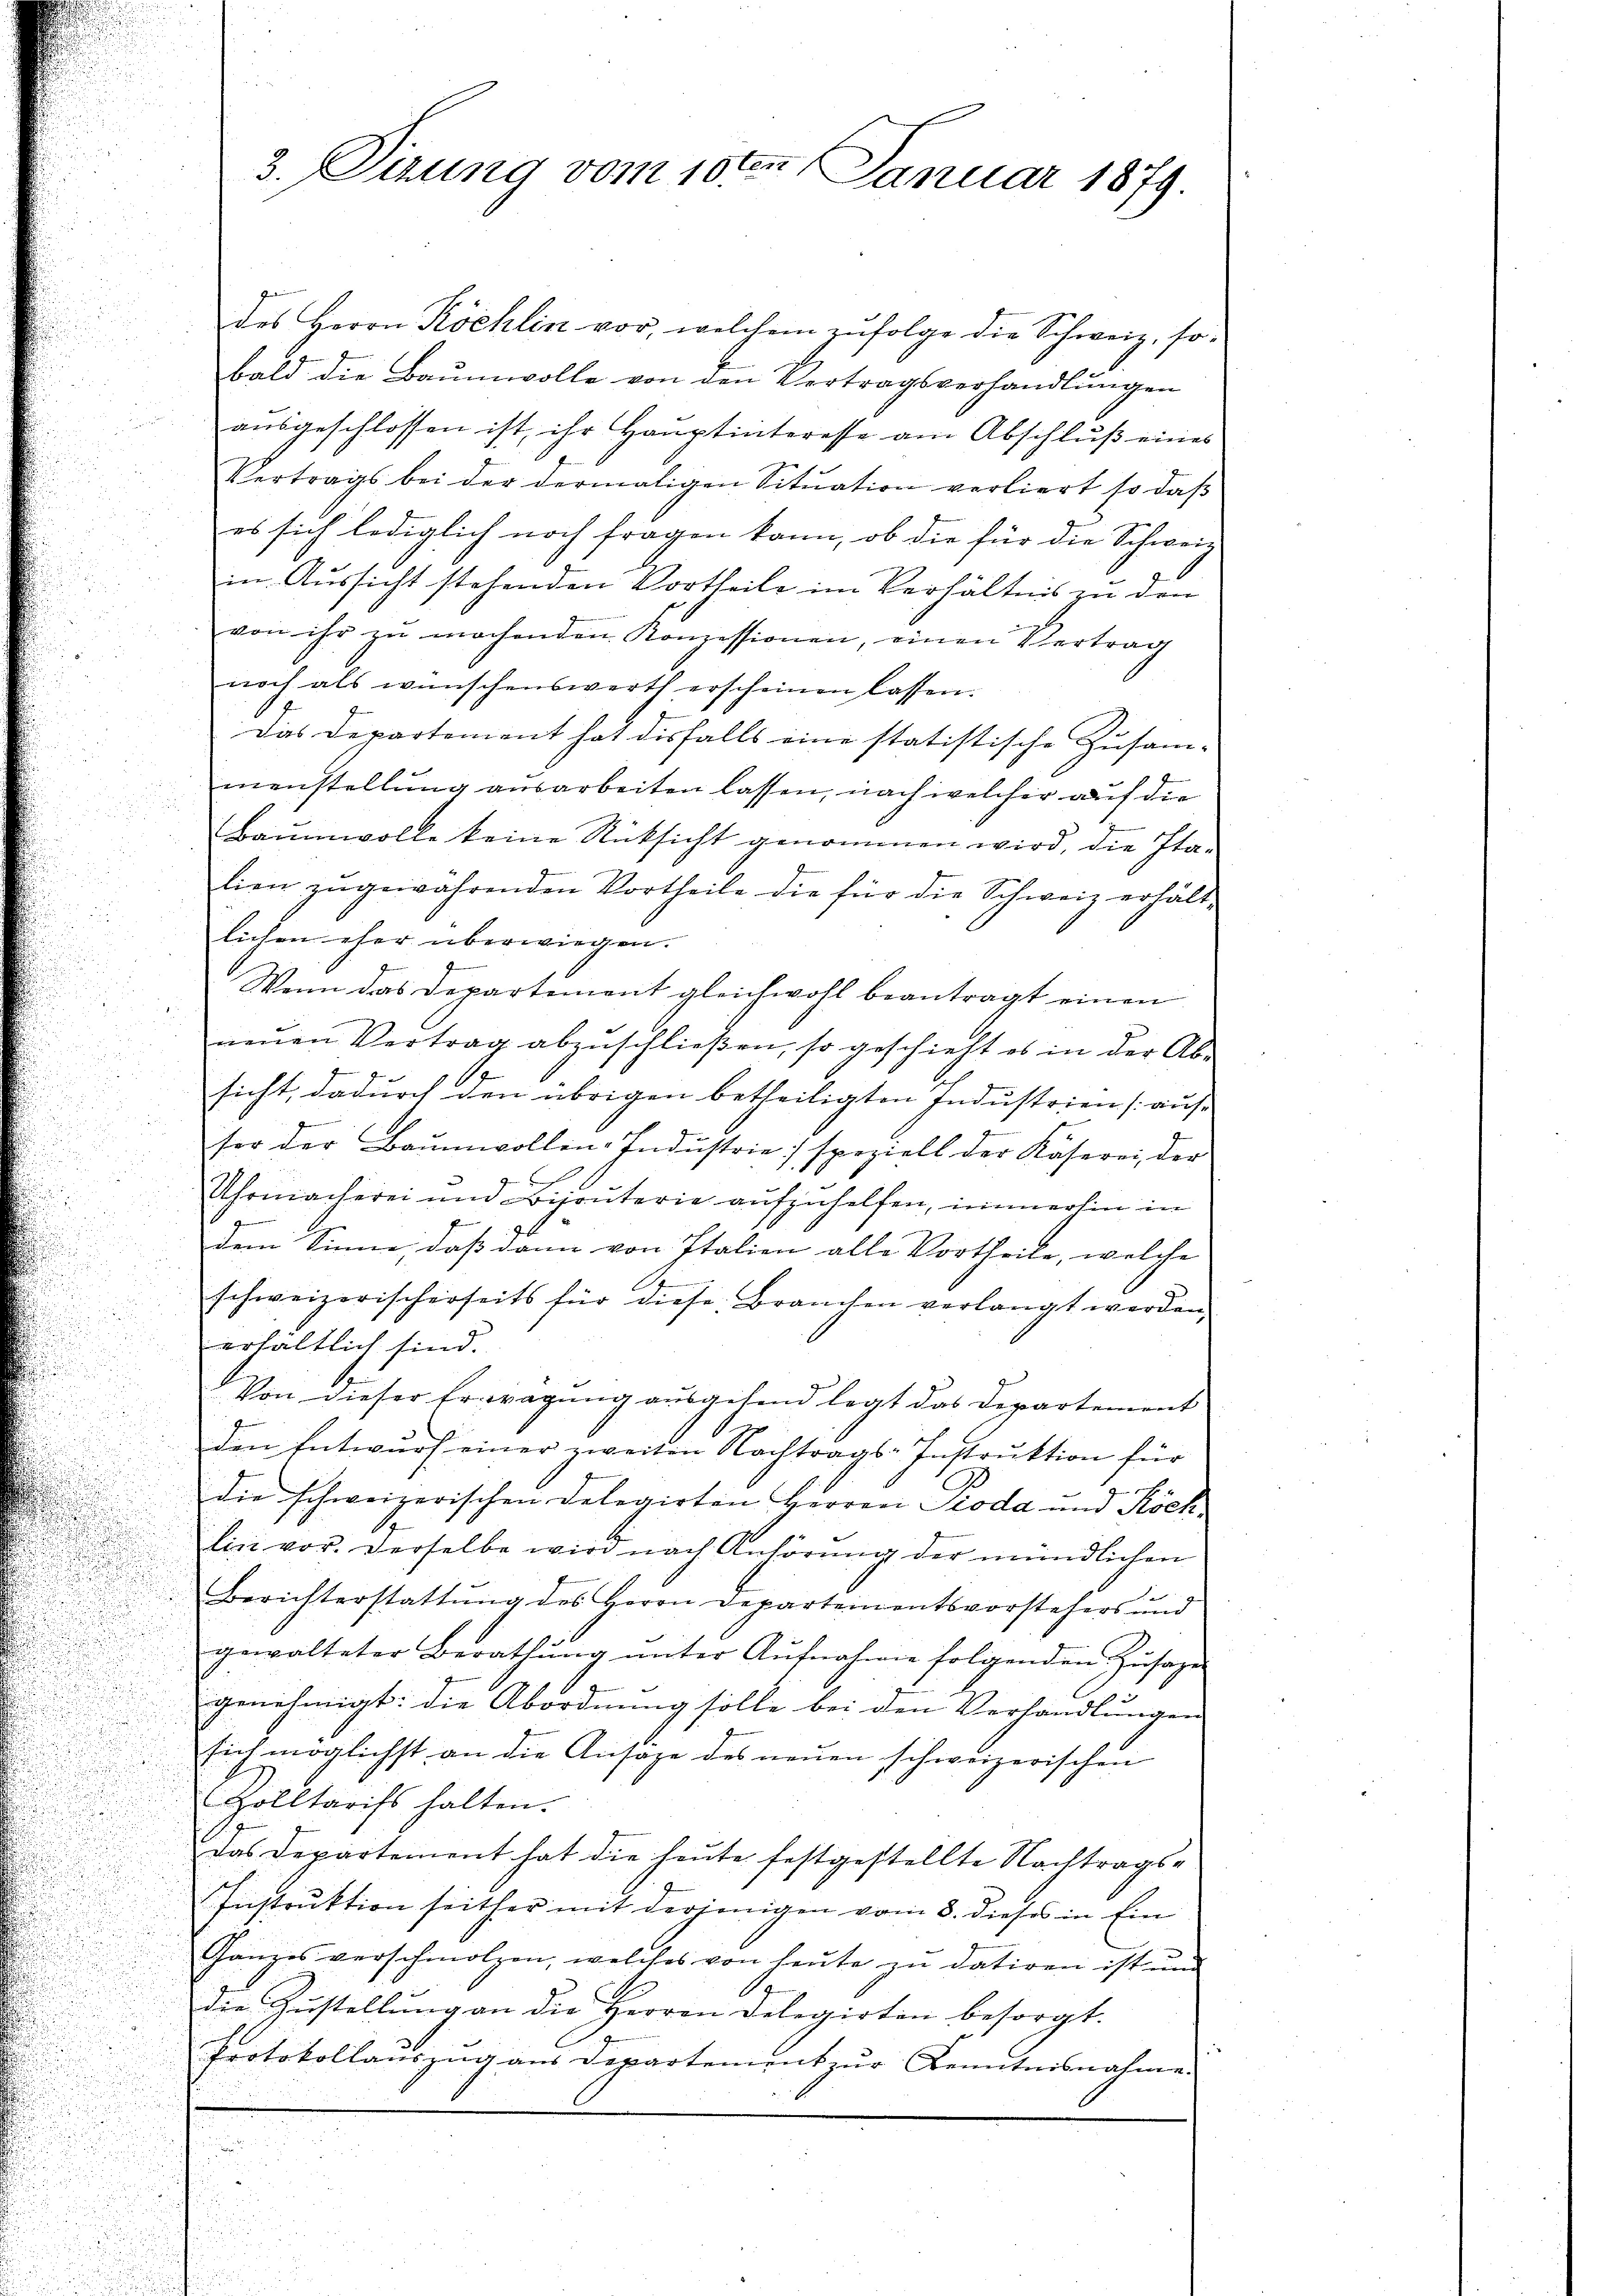
des Herrn Köchlin vor, welchem zufolge die Schweiz, sobald die Baumwolle von den Vertragsverhandlungen
ausgeschlossen ist, ihr Hauptinteresse am Abschluß eines
Vertrags bei der dermaligen Situation verliert so daß
es sich lediglich noch fragen kann, ob die für die Schweiz.
in Aussicht stehenden Vortheile im Verhältnis zu den
von ihr zu machenden Konzessionen, einen Vertrag
noch als wünschenswerth erscheinen lassen.
Das Departement hat diesfalls eine statistische Zusam-
menstellung ausarbeiten lassen, nach welcher auf die
Baumwolle keine Rücksicht genommen wird, die Ita-
lien zŭgewährenden Vortheile die für die Schweiz erhält-
lichen eher überwiegen.
Wenn das Departement gleichwohl beantragt einen
neŭen Vertrag abzŭschlieβen, so geschieht es in der Ab-
sicht, dadurch den übrigen betheiligten Industrien (aus
ser der Baumwollen-Industrie speziell der Kaserei, der
u
u
Uhrmacherei und Bijouterie aufzuhelfen, immerhin in
i
d
dem Sinne, daß dann von Italien alle Vortheile, welche
schweizerischerseits für diese Branchen verlangt werden,
erhältlich sind.
Von dieser Ertragung ausgehend legt das Departement
den Entwŭrf einer zweiten Nachtrags-Instrŭktion für
e
.
die schweizerischen Delegirten Herren Pioda und Kochlini vor. Derselbe wird nach Anhörung der mündlichen
Berichterstattŭng des Herrn Departementsvorstehers und
gewalteter Berathung unter Aufnahme folgenden Zusagen
genehmigt: die Abordnung solle bei den Verhandlungen
Eich möglichst an die Ansäge des neŭen schweizerischen
Zolltarifs halten.
Das Departement hat die heute festgestellte Nachtrags-
Instruktion seither mit derjenigen vom 8. dieses in Ein
Ganzes verschmolzen, welches von heŭte zŭ datiren ist ŭm
die Zŭstellŭng an die Herren Delegirten besorgt.
Protokollauszug aus Departement zŭr Kenntnisnahme

3. Sirung vom 10ten Januar 1879.